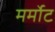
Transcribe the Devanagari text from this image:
मर्मोट